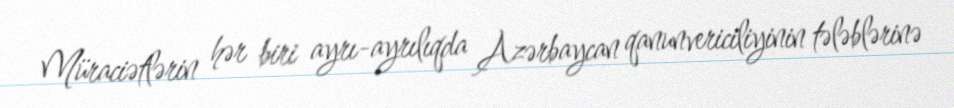
Müraciətlərin hər biri ayrı-ayrılıqda Azərbaycan qanunvericiliyinin tələblərinə